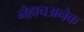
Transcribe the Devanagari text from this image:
नेहाचअनेक